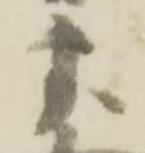
虎